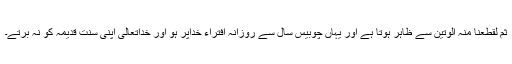
ثُمَّ لَقَطَعْنَا مِنْہُ الْوَتِیْن سے ظاہر ہوتا ہے اور یہاں چوبیس سال سے روزانہ افتراء خداپر ہو اور خداتعالیٰ اپنی سنت قدیمہ کو نہ برتے۔